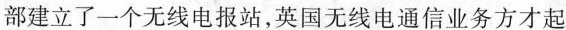
部建立了一个无线电报站，英国无线电通信业务方才起